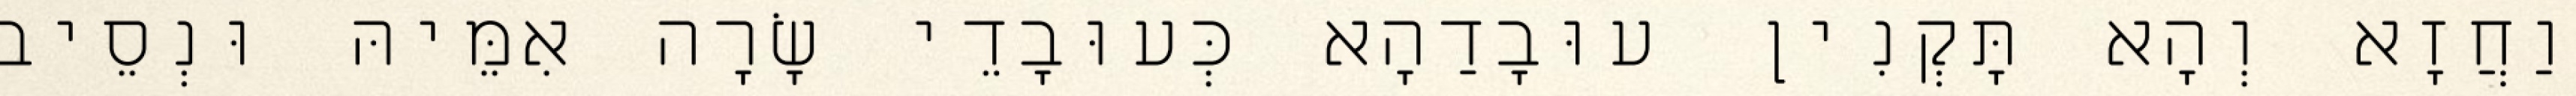
וַחֲזָא וְהָא תָּקְנִין עוּבָדַהָא כְּעוּבָדֵי שָׂרָה אִמֵּיהּ וּנְסֵיב